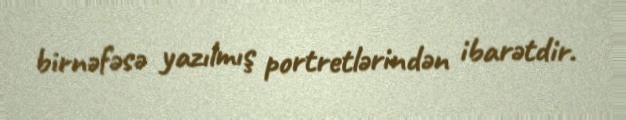
birnəfəsə yazılmış portretlərindən ibarətdir.